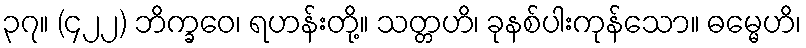
၃၇။ (၄၂၂) ဘိက္ခဝေ၊ ရဟန်းတို့။ သတ္တဟိ၊ ခုနစ်ပါးကုန်သော။ ဓမ္မေဟိ၊